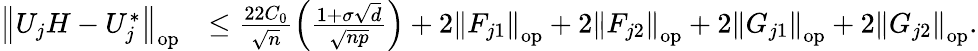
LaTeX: \begin{array}{rl}{\left\| {U_{j}H-U_{j}^{*}}\right\| _{\mathrm{op}}}&{\leq\frac{22C_{0}}{\sqrt{n}}\left(\frac{1+\sigma\sqrt{d}}{\sqrt{np}}\right)+2\left\| {F_{j1}}\right\| _{\mathrm{op}}+2\left\| {F_{j2}}\right\| _{\mathrm{op}}+2\left\| {G_{j1}}\right\| _{\mathrm{op}}+2\left\| {G_{j2}}\right\| _{\mathrm{op}}.}\end{array}